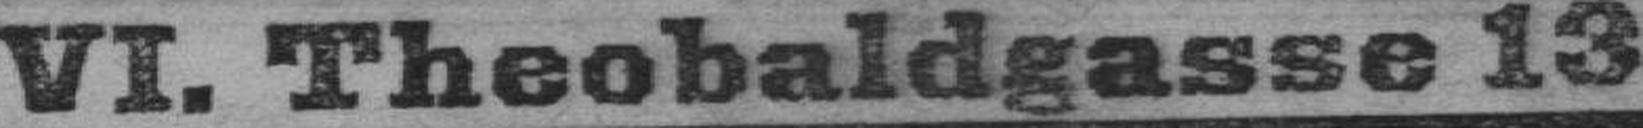
VI. Theobaldgasse 13